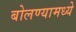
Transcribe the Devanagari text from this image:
बोलण्यामध्ये